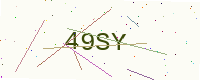
Text: 49SY